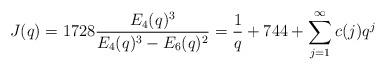
LaTeX: \begin{align*}J(q) = 1728\frac{E_4(q)^3}{E_4(q)^3 -E_6(q)^2} = \frac{1}{q} + 744 + \sum_{j=1}^{\infty}c(j)q^j\end{align*}